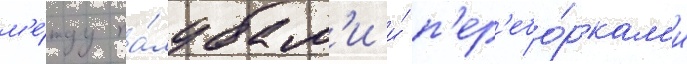
м'е́жду па́лубам'и и́ п'ер'ебо́ркам'и